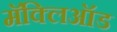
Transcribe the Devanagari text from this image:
मॅक्लिऑड